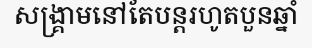
សង្គ្រាមនៅតែបន្តរហូតបួនឆ្នាំ